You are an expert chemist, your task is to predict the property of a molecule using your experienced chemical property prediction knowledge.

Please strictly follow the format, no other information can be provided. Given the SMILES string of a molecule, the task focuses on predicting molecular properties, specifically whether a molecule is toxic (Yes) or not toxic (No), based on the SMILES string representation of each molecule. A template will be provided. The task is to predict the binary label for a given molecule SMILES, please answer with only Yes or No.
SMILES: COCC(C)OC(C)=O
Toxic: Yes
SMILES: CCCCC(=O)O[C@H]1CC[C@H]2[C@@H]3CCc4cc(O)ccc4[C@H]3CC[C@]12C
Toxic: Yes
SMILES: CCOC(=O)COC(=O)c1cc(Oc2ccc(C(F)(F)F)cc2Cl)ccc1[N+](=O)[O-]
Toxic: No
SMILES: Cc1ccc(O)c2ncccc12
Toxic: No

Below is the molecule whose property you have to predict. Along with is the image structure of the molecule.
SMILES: CC(C)(C)c1cc(/C=C2\SC(=N)NC2=O)cc(C(C)(C)C)c1O
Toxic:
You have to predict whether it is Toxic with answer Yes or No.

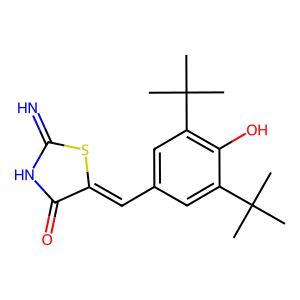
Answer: No